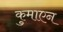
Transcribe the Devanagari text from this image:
कुमाएन